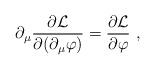
LaTeX: \begin{align*}\partial_{\mu}\frac{\partial{\mathcal{L}}}{\partial(\partial_{\mu}\varphi)} =\frac{\partial{\mathcal{L}}}{\partial\varphi}\ ,\end{align*}